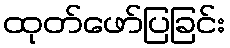
ထုတ်ဖော်ပြခြင်း